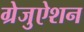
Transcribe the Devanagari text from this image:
ग्रेजुऐशन